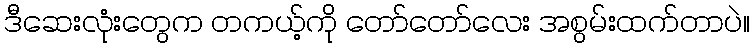
ဒီဆေးလုံးတွေက တကယ့်ကို တော်တော်လေး အစွမ်းထက်တာပဲ။